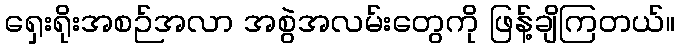
ရှေးရိုးအစဉ်အလာ အစွဲအလမ်းတွေကို ဖြန့်ချိကြတယ်။